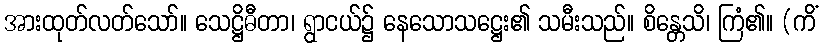
အားထုတ်လတ်သော်။ သေဋ္ဌိဓီတာ၊ ရွာငယ်၌ နေသောသဋ္ဌေး၏ သမီးသည်။ စိန္တေသိ၊ ကြံ၏။ (ကိံ